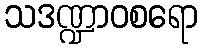
သဒဏ္ဍာဝစရော